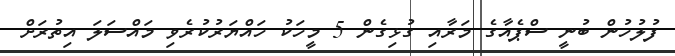
ފުލުހުން ބުނީ ސްޕެއާގެ މަރާއި ގުޅިގެން 5 މީހަކު ހައްޔަރުކުރެވި މައްސަލަ އިތުރަށް